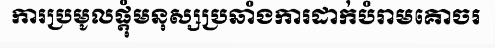
ការប្រមូលផ្តុំមនុស្សប្រឆាំងការដាក់បំរាមគោចរ